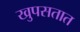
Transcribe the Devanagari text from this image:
खुपसतात